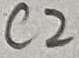
Text: C2